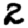
Digit: 2